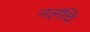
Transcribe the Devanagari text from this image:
नलंचि